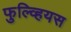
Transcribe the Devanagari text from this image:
फुल्व्हियस